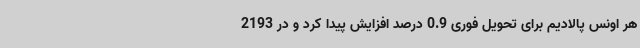
هر اونس پالادیم برای تحویل فوری 0.9 درصد افزایش پیدا کرد و در 2193